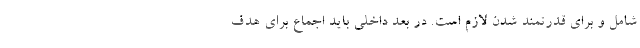
شامل و برای قدرتمند شدن لازم است. در بُعد داخلی باید اجماع برای هدف